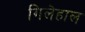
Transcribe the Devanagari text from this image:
गिलेहाल